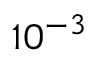
1 0 ^ { - 3 }